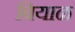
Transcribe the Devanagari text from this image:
बियाळ